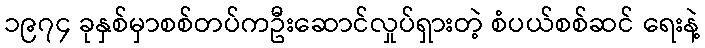
၁၉၇၄ ခုနှစ်မှာစစ်တပ်ကဦးဆောင်လှုပ်ရှားတဲ့ စံပယ်စစ်ဆင် ရေးနဲ့